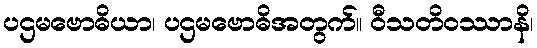
ပဌမဗောဓိယာ၊ ပဌမဗောဓိအတွက်။ ဝီသတိဝဿာနိ၊